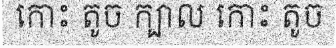
កោះ តូច ក្បាល កោះ តូច